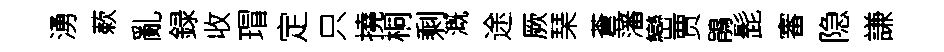
湧蔌亂録收瑁定只撓桐剩溉途厥琹蒼藩巒贾鵑髭審隐謙